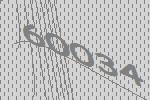
60034